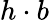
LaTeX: h\cdot b